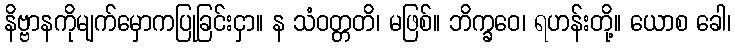
နိဗ္ဗာနကိုမျက်မှောကပြုခြင်းငှာ။ န သံဝတ္တတိ၊ မဖြစ်။ ဘိက္ခဝေ၊ ရဟန်းတို့။ ယောစ ခေါ၊